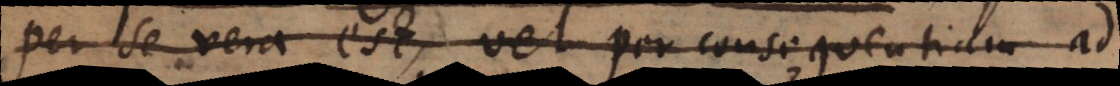
per se vera est, vel per consequentiam ad